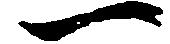
一